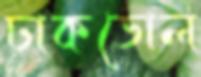
ঢাকডোল